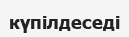
күпілдеседі